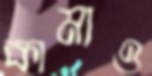
কামাও